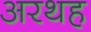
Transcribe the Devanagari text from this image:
अरथह